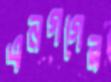
এনগগের